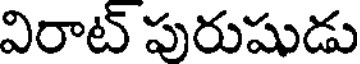
విరాట్ పురుషుడు